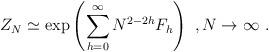
LaTeX: \begin{align*}Z_N\simeq\exp\left(\sum_{h=0}^\infty N^{2-2h}F_h\right)\ ,N\to \infty\ .\end{align*}